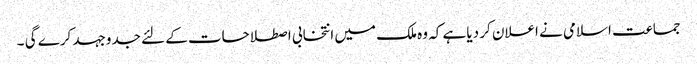
جماعت اسلامی نے اعلان کر دیا ہے کہ وہ ملک میں انتخابی اصطلاحات کے لئے جدوجہد کرے گی ۔